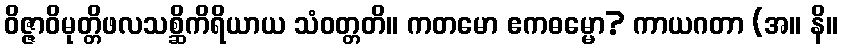
ဝိဇ္ဇာဝိမုတ္တိဖလသစ္ဆိကိရိယာယ သံဝတ္တတိ။ ကတမော ဧကဓမ္မော? ကာယဂတာ (အ။ နိ။